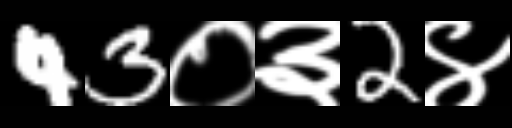
Text: 43०३2४